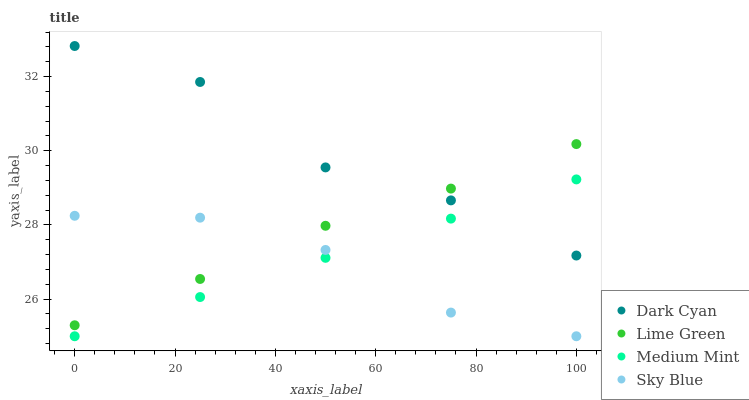
| xaxis_label | Dark Cyan | Lime Green | Medium Mint | Sky Blue |
 | --- | --- | --- | --- | --- |
 | 0 | 32.8 | 25.3 | 25 | 28.2 |
 | 25 | 31.9 | 26.5 | 26.1 | 28.2 |
 | 50 | 29.6 | 28 | 27.1 | 27.3 |
 | 75 | 28.7 | 29 | 28.2 | 25.6 |
 | 100 | 27.2 | 30.2 | 29.2 | 25 |